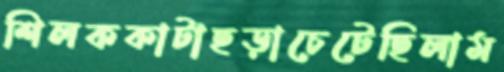
শিলককাটাছড়াচেটেছিলাম